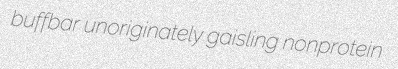
buffbar unoriginately gaisling nonprotein